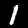
Digit: 1